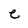
Character: e